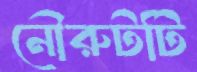
নৌরুটটি